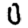
Digit: 0